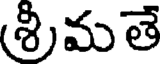
(శ్రీమతే